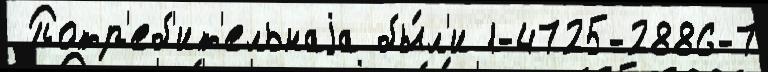
 Потр'еб'ит'ельнаjа бы́л'и 1-4725-2886-7